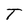
Character: T